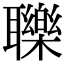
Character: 𦘈